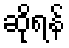
ဆိုရန်